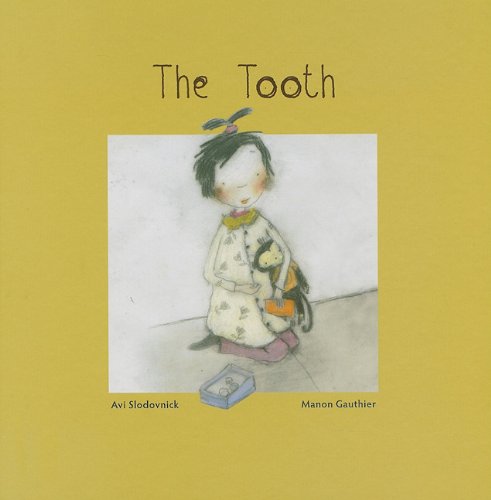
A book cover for The Tooth; Avi Slovdovnick; Medical Books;